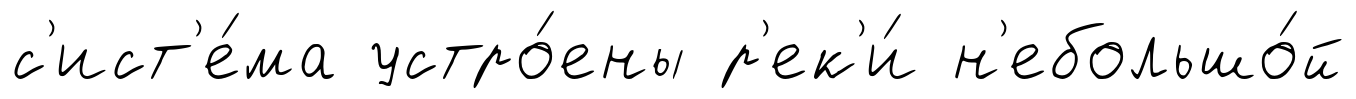
с'ист'е́ма устро́ены р'ек'и́ н'ебольшо́й